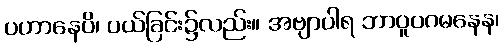
ပဟာနေပိ၊ ပယ်ခြင်း၌လည်း။ အဗျာပါရ ဘာဝူပဂမနေန၊